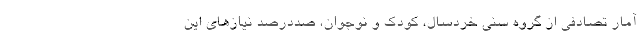
آمار تصادفی از گروه سنی خردسال، کودک و نوجوان، صددرصد نیازهای این